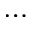
\dots